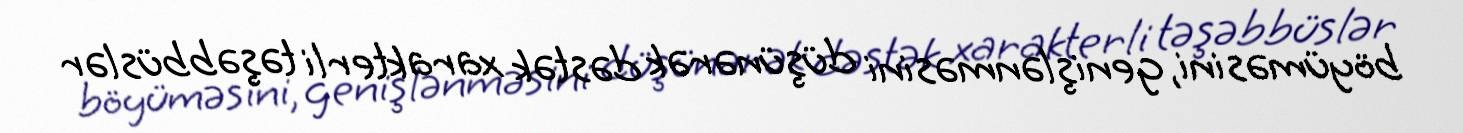
böyüməsini, genişlənməsini düşünərək dəstək xarakterli təşəbbüslər